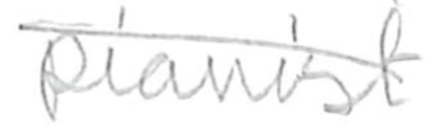
Text: pianist
Cross-out: mix
Writing tool: pencil